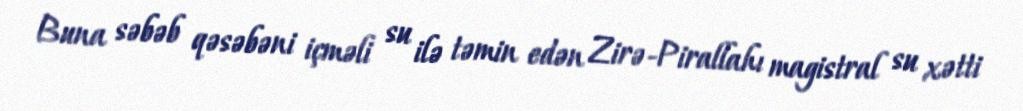
Buna səbəb qəsəbəni içməli su ilə təmin edən Zirə-Pirallahı magistral su xətti